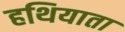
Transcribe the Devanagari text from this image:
हथियाता